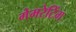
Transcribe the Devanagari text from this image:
गेमरेटिंग